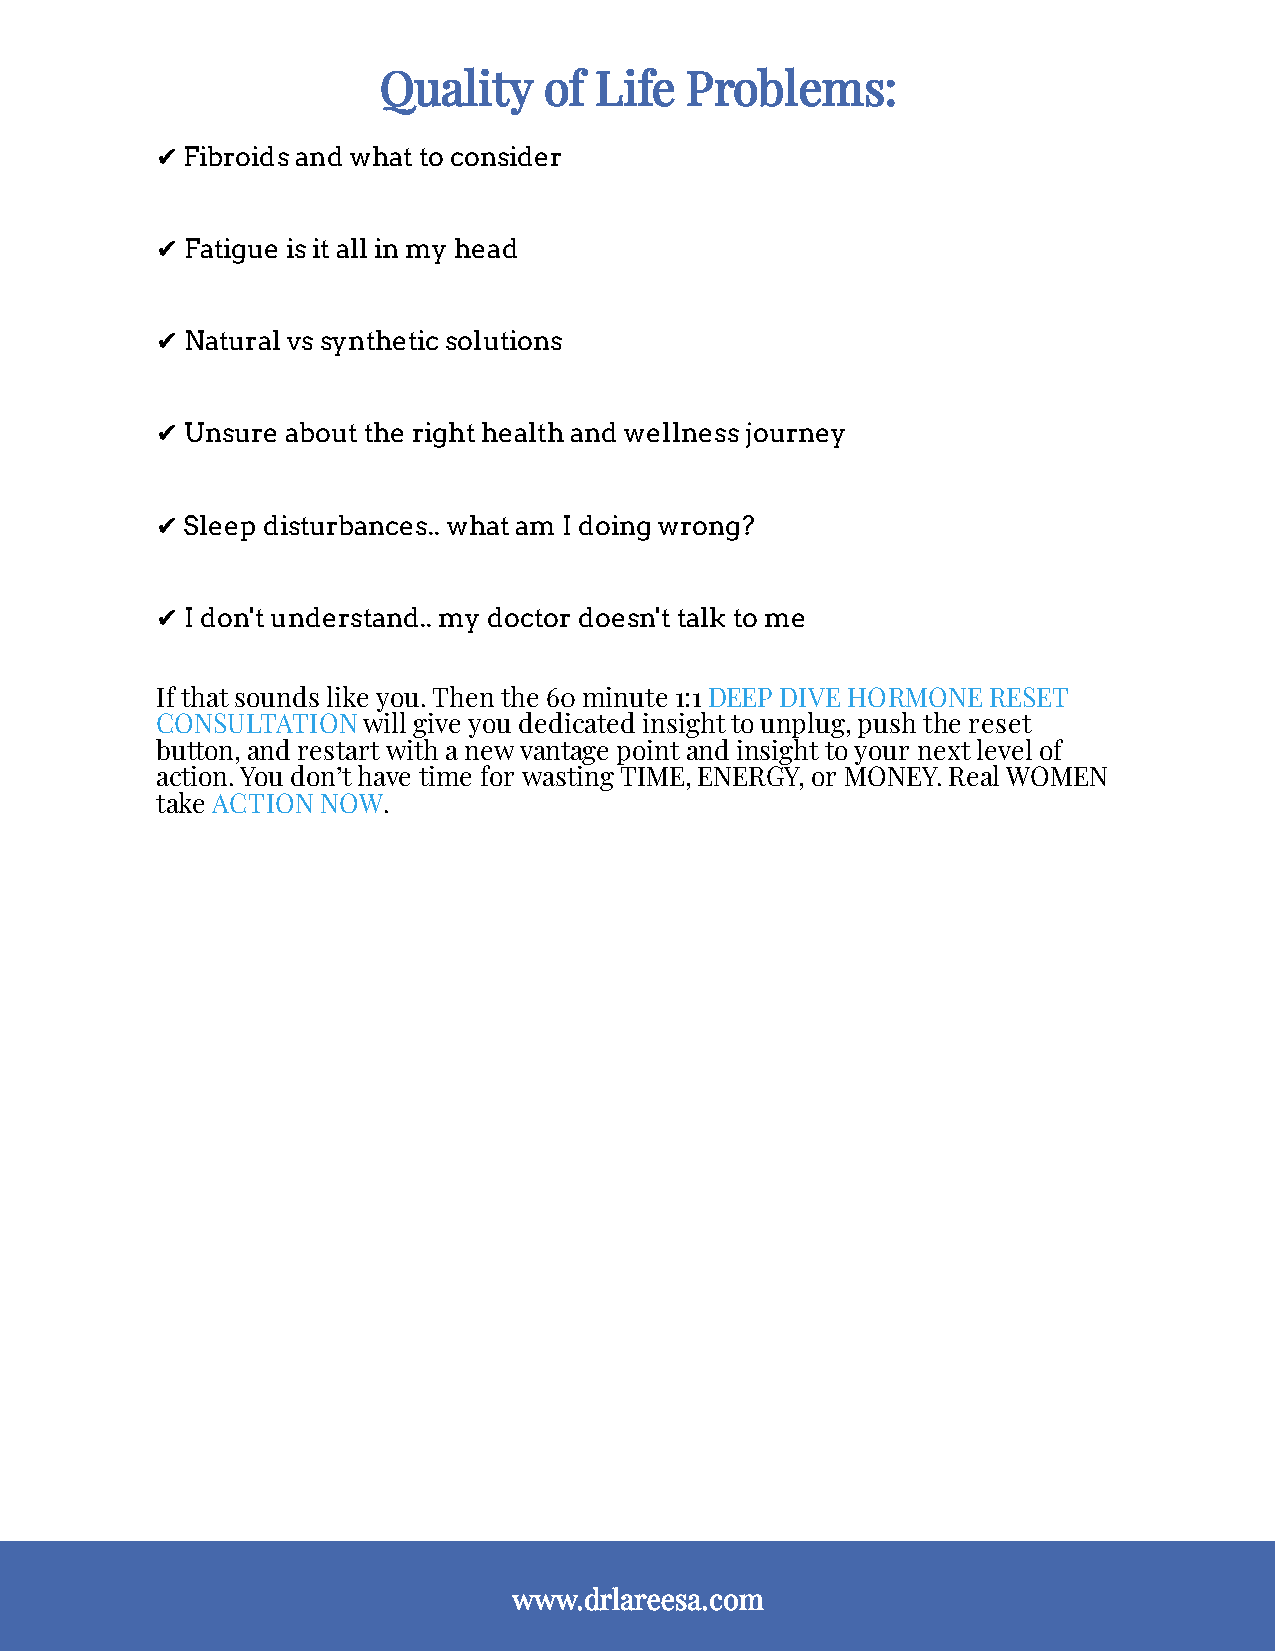
Quality    of Life  Problems:
 ✔ Fibroids and what to consider
 ✔ Fatigue is it all in my head
 ✔ Natural vs synthetic solutions
 ✔ Unsure about the right health and wellness journey
 ✔ Sleep disturbances.. what am I doing wrong?
 ✔ I don't understand.. my doctor doesn't talk to me
 If that sounds like you. Then the 60 minute 1:1 DEEP DIVE HORMONE RESET
 CONSULTATION  will give you dedicated insight to unplug, push the reset
 button, and restart with a new vantage point and insight to your next level of
 action. You don’t have time for wasting TIME, ENERGY, or MONEY. Real WOMEN
 take ACTION NOW.
 www.drlareesa.com